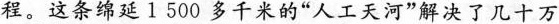
程。这条绵延1500多千米的”人工天河”解决了几十万